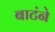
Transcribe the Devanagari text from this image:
बाटंने